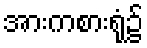
အားကစားရုံ၌